Vaccination in Bombay 1874-1876 - 1874-1876
Year: 1874
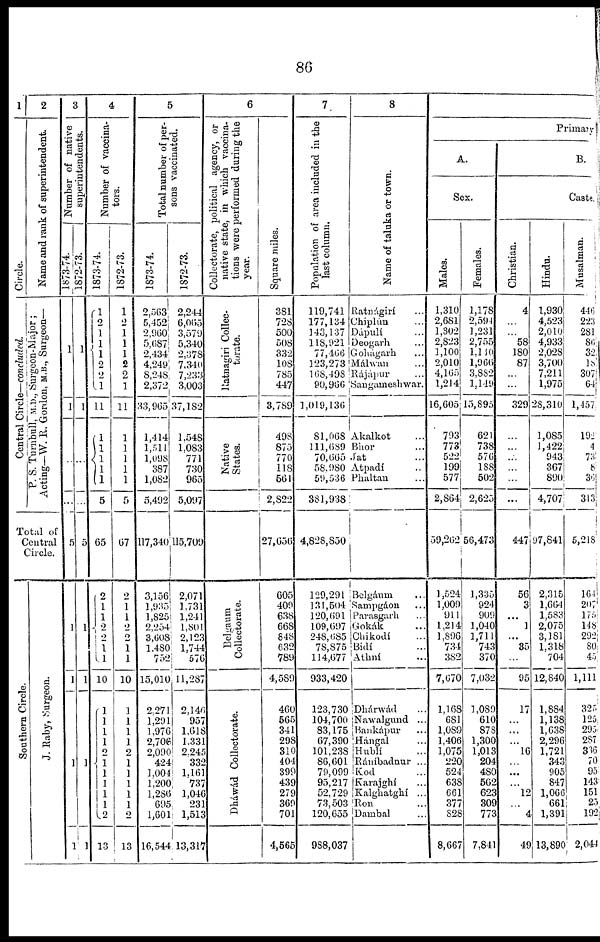
86
1
Circle.
Central Circle—concluded.
2
Name and rank of superintendent.
P. S. Turnbull, M.D., Surgeon-Major ;
Acting—W. R. Gordon, M.B., Surgeon—
Total of
Central
Circle.
Southern Circle.
J. Raby, Surgeon.
3
Number of native
superintendents.
1873-74.
1
1
...
5
1
1
1
1
1872-73.
1
1
...
5
1
1
1
1
4
Number of vaccina¬
tors.
1873-74.
1
2
1
1 1
2
2
1
11
1
1
1 1
1
5
65
2
1
1
2
2
1 1
10
1
1
1
1
2
1
1
1
1
1
2
13
1872-73.
1
2
1 1
1
2
2
1
11
1
1
1
1
1
5
67
2
1
1
2
2
1
1
10
1
1
1
1
2
1
1
1
1
1
2
13
5
Total number of per-
sons vaccinated.
1873-74.
2,563
5,452
2,960
5,687
2,434
4,249
8,248
2,372
33,965
1,414
1,514
1,098
387
1,082
5,492
117,340
3,156
1,935
1,825
2,254
3,608
1,480
752
15,010
2,271
1,291
1,976
2,706
2,090
424
1,004
1,200
1,286
695
1,601
16,544
1872-73.
2,244
6,065
3,579
5,340
2,378
7,340
7,233
3,003
37,182
1,548
1,083
771
730
965
5,097
115,709
2,071
1,731
1,241
1,801
2,123
1,744
576
11,287
2,146
957
1,018
1,331
2,245
332
1,161
737
1,046
231
1,513
13,317
6
Collectorate, political agency, or
native state, in which vaccina-
tions were performed during the
year.
Ratnagiri Collec-
torate.
Native
States.
Belgaum
Collectorate.
Dháwád Collectorate.
Square miles.
381
728
500
508
332
108
785
447
3,789
498
875
770
118
561
2,822
27,656
605
409
638
668
848
632
789
4,589
460
565
341
298
310
404
399
439
279
369
701
4,565
7
Population of area included in the
last column.
119,741
177,134
143,137
118, 921
77,466
123,273
168,498
90,966
1,019,136
81,068
111,689
70,665
58,980
59,536
381,938
4,828,850
129,291
131,504
120,691
109,697
248,685
78,875
114,677
933,420
123,730
104,700
83,175
67,390
101,238
86,601
79,099
95,217
52,729
73,503
120,655
988,037
8
Name of taluka or town.
Ratnágirí ...
Chiplún ...
Dápulí ...
Deogarh ...
Gohágarh ...
Málwan ...
Rájápur ...
Sangameshwar. ...
Akalkot ...
Bhor ...
Jat ...
Atpadí ...
Phaltan ...
Belgáum ...
Sampgáon ...
Parasgarh ...
Gokák ...
Chikodí ...
Bidí ...
Athní ...
Dhárwád ...
Nawalgund ...
Bankápur
...
Hángal ...
Hublí ...
Ráníbadnur ...
Kod ...
Karajghí ...
Kalghatghí ...
Ron ...
Dambal ...
Primary
A.
Sex.
Males.
1,310
2,681
1,302
2,823
1,100
2,010
4,165
1,214
16,605
793
773
522
199
577
2,864
59,262
1,524
1,009
911
1,214
1,896
734
382
7,670
1,168
681
1,089
1,406
1,075
220
524
638
661
377
828
8,667
Females.
1,178
2,594
1,231
2,755
1,140
1,966
3,882
1,149
15,895
621
738
576
188
502
2,625
56,473
1,335
924
909
1,040
1,711
743
370
7,032
1,089
610
878
1,300
1,013
204
480
562
623
309
773
7,841
B.
Caste.
Christian.
4
...
...
58
180
87
...
...
329
...
...
...
...
...
...
447
56
3
...
1
...
35
...
95
17
...
...
...
16
...
...
...
12
...
4
49
Hindu.
1,930
4,523
2,010
4,933
2,028
3,700
7,211
1,975
28,310
1,085
l,422
943
367
890
4,707
97,841
2,315
1,664
1,583
2,075
3,181
1,318
704
12,840
1,884
1,138
1,638
2,296
1,721
343
905
847
1,066
661
1,391
13,890
Musalman.
446
223
281
86
32
18
307
64
1,457
192
4
73
8
36
313
5,218
164
207
175
148
292
80
45
1,111
325
125
295
287
336
70
95
143
151
25
192
2,044